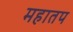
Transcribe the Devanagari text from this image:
महातप